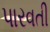
પારવતી